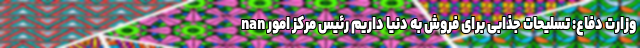
nan وزارت دفاع: تسلیحات جذابی برای فروش به دنیا داریم رئیس مرکز امور